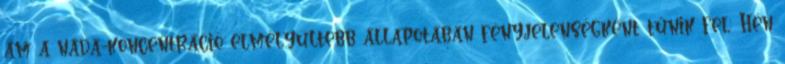
ám a náda-koncentráció elmélyültebb állapotában fényjelenségként tűnik fel: Hén